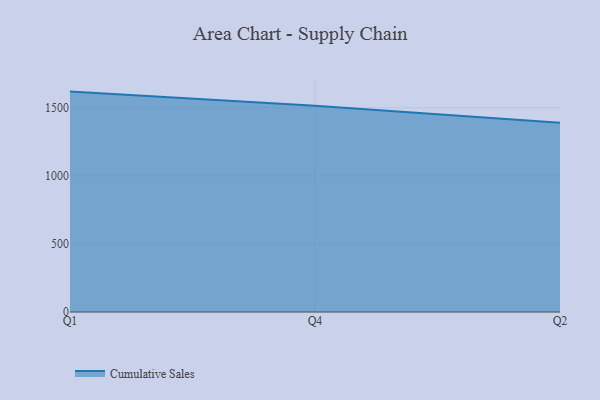
{"axis": {"x": "Quarter", "y": "Budget (USD K)"}, "legend": ["Cumulative Sales"], "data": [{"x": "Q1", "y": 1619.0, "type": "Cumulative Sales"}, {"x": "Q4", "y": 1514.6, "type": "Cumulative Sales"}, {"x": "Q2", "y": 1390.2, "type": "Cumulative Sales"}]}